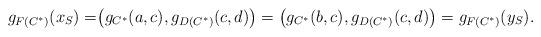
LaTeX: \begin{align*} g_{F(C^*)}(x_S)=&\big( g_{C^*}(a, c), g_{D(C^*)}(c, d) \big)= \big( g_{C^*}(b, c), g_{D(C^*)}(c, d) \big)= g_{F(C^*)}(y_S).\end{align*}